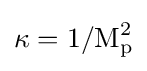
\kappa =1/\mathrm {M} _{\mathrm {p} }^{2}